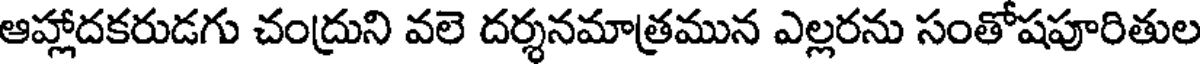
ఆహ్లాదకరుడగు చంద్రుని వలె దర్శనమాత్రమున ఎల్లరను సంతోషపూరితుల